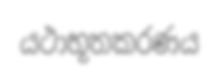
යථාභූතකරණය